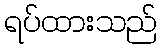
ရပ်ထားသည်